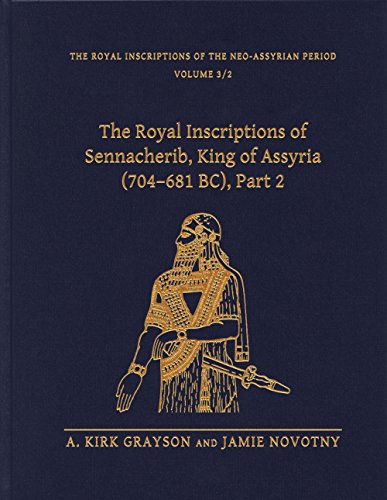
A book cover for The Royal Inscriptions of Sennacherib, King of Assyria (704-681 BC): Part 2 (Royal Inscriptions of the Neo-Assyrian Period); A.Kirk Grayson; History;